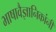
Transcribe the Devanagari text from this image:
भाषावैज्ञानिकांनी